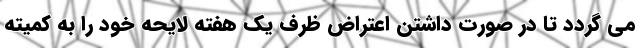
می گردد تا در صورت داشتن اعتراض ظرف یک هفته لایحه خود را به کمیته